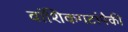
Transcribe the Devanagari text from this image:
वांशिकगटांपैकी